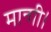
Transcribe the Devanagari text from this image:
मान्गी।